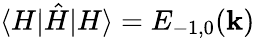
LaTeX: \langle H|\hat{H}|H\rangle=E_{-1,0}(\mathbf{k})